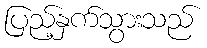
ပြည့်နှက်သွားသည်